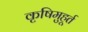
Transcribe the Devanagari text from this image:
कृषिमुहूर्त